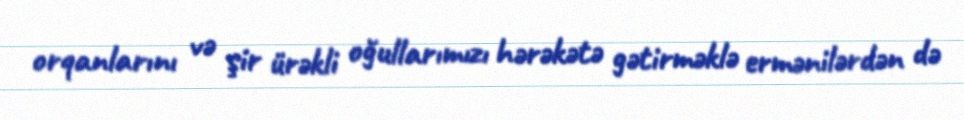
orqanlarını və şir ürəkli oğullarımızı hərəkətə gətirməklə ermənilərdən də